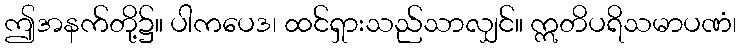
ဤအနက်တို့၌။ ပါကပေဒ၊ ထင်ရှားသည်သာလျှင်။ ဣတိပရိသမာပဏံ၊